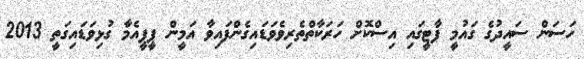
ހަސަން ސައީދުގެ ގައުމީ ޕާޓީގައި އިސްކޮށް ހަރަކާތްތެރިވެވަޑައިގެންފައިވާ އަމީން ޕީޕީއެމާ ގުޅިވަޑައިގަތީ 2013